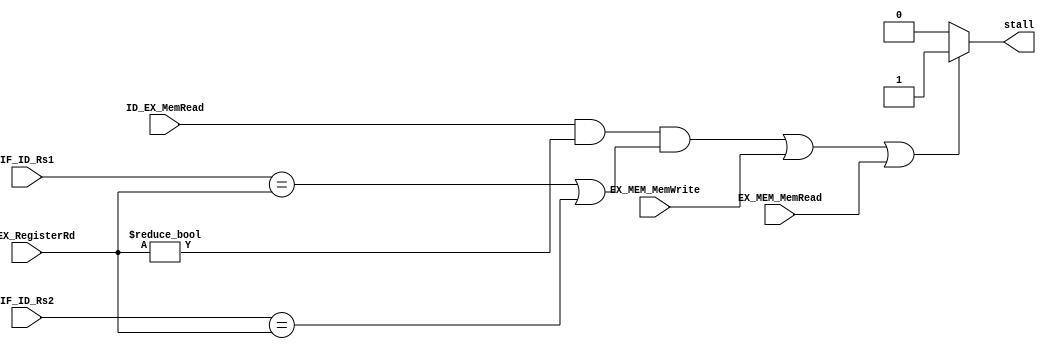
// This program was cloned from: https://github.com/Helazhary/Riscv-Verilog-Pipelined
// License: BSD 3-Clause "New" or "Revised" License

`timescale 1ns / 1ps
//////////////////////////////////////////////////////////////////////////////////
// Company: 
// Engineer: 
// 
// Design Name: 
// Module Name: hazard_detection_unit
// Project Name: 
// Target Devices: 
// Tool Versions: 
// Description: 
// 
// Dependencies: 
// 
// Revision:
// Revision 0.01 - File Created
// Additional Comments:
// 
//////////////////////////////////////////////////////////////////////////////////


module hazard_detection_unit(
    input [4:0] IF_ID_Rs1, IF_ID_Rs2,
    input ID_EX_MemRead,EX_MEM_MemRead,EX_MEM_MemWrite,
    input [4:0] ID_EX_RegisterRd,
    output reg stall
);

    always @(*)begin

         if(ID_EX_MemRead && ID_EX_RegisterRd!=0 && (IF_ID_Rs1 == ID_EX_RegisterRd || IF_ID_Rs2 == ID_EX_RegisterRd )|| EX_MEM_MemWrite || EX_MEM_MemRead )
               stall = 1;
        else
            stall=0;
    end
endmodule